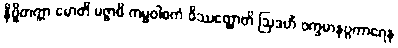
နိဗ္ဗိတက္ကာ မောတိ မဇ္ဇာမိ ကမ္မဝါစကံ ဝိဿတ္ထောတိ ဩဒဟိံ ဝက္ခမာနပ္ပကာရေန